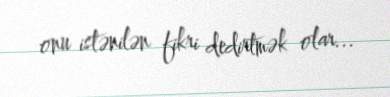
onu istənilən fikri dedirtmək olar...